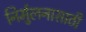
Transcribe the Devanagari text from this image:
निर्मुलनासाठी